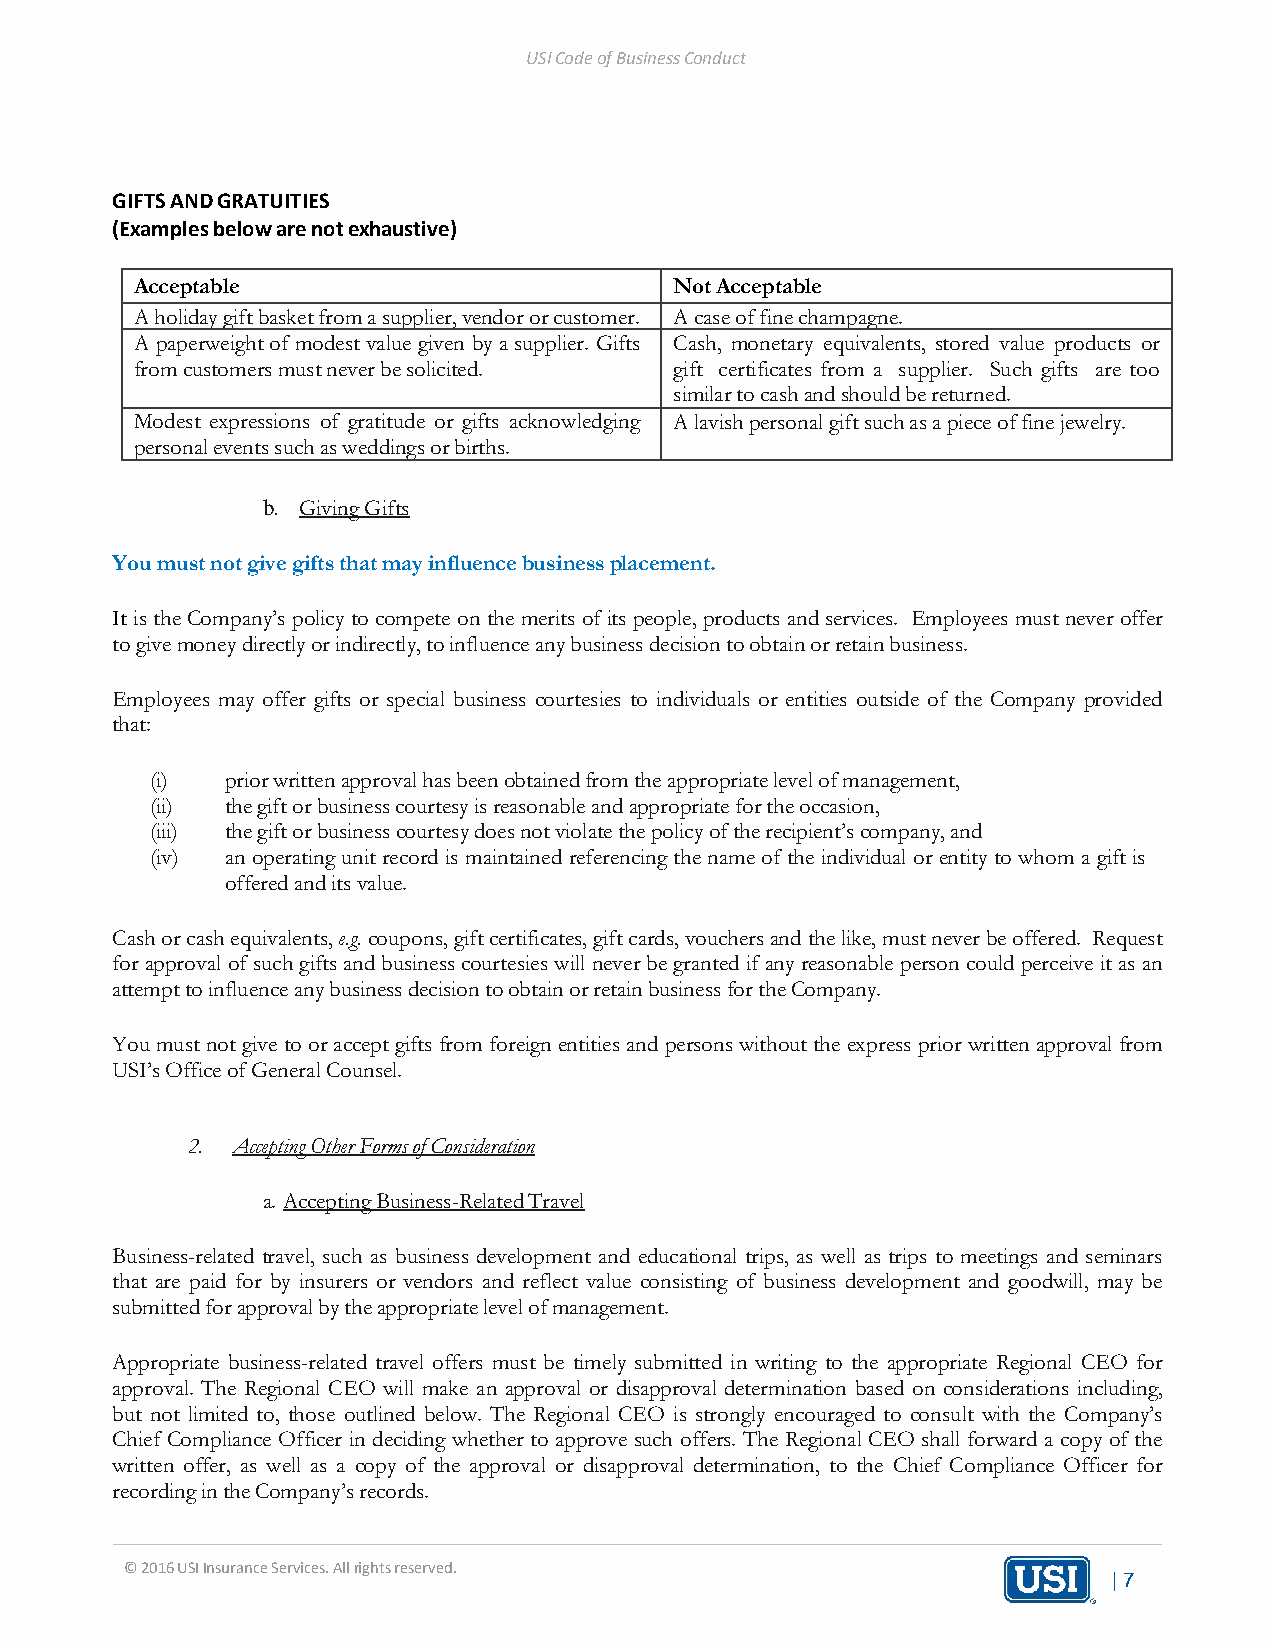
USI Code of Business Conduct
 GIFTS AND GRATUITIES
 (Examples below are not exhaustive)
 Acceptable                          Not Acceptable
 A holiday gift basket from a supplier, vendor or customer. A case of fine champagne.
 A paperweight of modest value given by a supplier. Gifts Cash, monetary equivalents, stored value products or
 from customers must never be solicited. gift certificates from a supplier. Such gifts are too
 similar to cash and should be returned.
 Modest expressions of gratitude or gifts acknowledging A lavish personal gift such as a piece of fine jewelry.
 personal events such as weddings or births.
 b. Giving Gifts
 You must not give gifts that may influence business placement.
 It is the Company’s policy to compete on the merits of its people, products and services. Employees must never offer
 to give money directly or indirectly, to influence any business decision to obtain or retain business.
 Employees may offer gifts or special business courtesies to individuals or entities outside of the Company provided
 that:
 (i)  prior written approval has been obtained from the appropriate level of management,
 (ii) the gift or business courtesy is reasonable and appropriate for the occasion,
 (iii) the gift or business courtesy does not violate the policy of the recipient’s company, and
 (iv) an operating unit record is maintained referencing the name of the individual or entity to whom a gift is
 offered and its value.
 Cash or cash equivalents, e.g. coupons, gift certificates, gift cards, vouchers and the like, must never be offered. Request
 for approval of such gifts and business courtesies will never be granted if any reasonable person could perceive it as an
 attempt to influence any business decision to obtain or retain business for the Company.
 You must not give to or accept gifts from foreign entities and persons without the express prior written approval from
 USI’s Office of General Counsel.
 2. Accepting Other Forms of Consideration
 a. Accepting Business-Related Travel
 Business-related travel, such as business development and educational trips, as well as trips to meetings and seminars
 that are paid for by insurers or vendors and reflect value consisting of business development and goodwill, may be
 submitted for approval by the appropriate level of management.
 Appropriate business-related travel offers must be timely submitted in writing to the appropriate Regional CEO for
 approval. The Regional CEO will make an approval or disapproval determination based on considerations including,
 but not limited to, those outlined below. The Regional CEO is strongly encouraged to consult with the Company’s
 Chief Compliance Officer in deciding whether to approve such offers. The Regional CEO shall forward a copy of the
 written offer, as well as a copy of the approval or disapproval determination, to the Chief Compliance Officer for
 recording in the Company’s records.
 © 2016 USI Insurance Services. All rights reserved.
 | 7